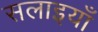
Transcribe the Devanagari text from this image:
सलाइयाँ